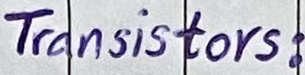
Text: Transistors: